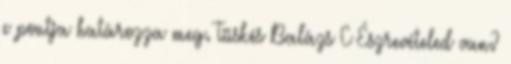
e pontja határozza meg. Tüskés Balázs C Észrevételed van?